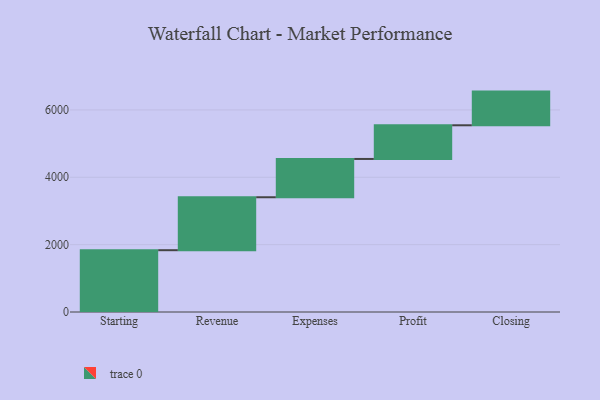
{"axis": {"x": "Step", "y": "Value"}, "legend": [""], "data": [{"x": "Starting", "y": 1835.0, "type": ""}, {"x": "Revenue", "y": 1572.0, "type": ""}, {"x": "Expenses", "y": 1137.0, "type": ""}, {"x": "Profit", "y": 1000, "type": ""}, {"x": "Closing", "y": 1000, "type": ""}]}